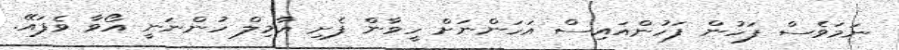
ނަމަވެސް ފަހުން ފަހުންއައިސް އަހަންނަށް ހީވާން ފެށި އާމިލް ހުންނަނީ އޯވާ ވެފައޭ.